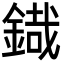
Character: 𮢜